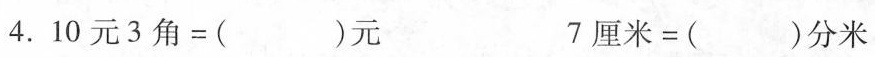
4. $$1 0 元 3 角 = ( ) 元$$ $$7 厘 米 = ( ) 分 米$$